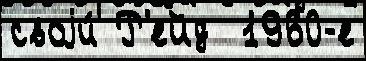
своjи́ Р'ейд  1960-е